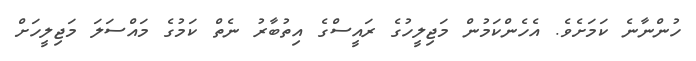
ހުންނާނެ ކަމަށެވެ. އެހެންކަމުން މަޖިލީހުގެ ރައީސްގެ އިތުބާރު ނެތް ކަމުގެ މައްސަލަ މަޖިލީހަށް